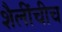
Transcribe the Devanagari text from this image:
शैलींचीच